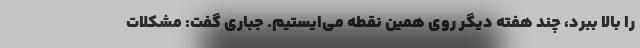
را بالا ببرد، چند هفته دیگر روی همین نقطه می‌ایستیم. جباری گفت: مشکلات